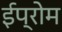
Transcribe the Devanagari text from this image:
ईप्रोम